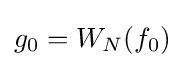
g_{0}=W_{N}(f_{0})